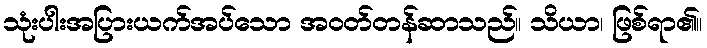
သုံးပါးအပြားယက်အပ်သော အဝတ်တန်ဆာသည်။ သိယာ၊ ဖြစ်ရာ၏။